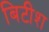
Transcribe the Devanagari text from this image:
बिटीश